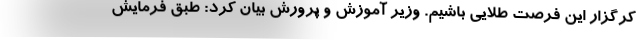
کرگزار این فرصت طلایی باشیم. وزیر آموزش و پرورش بیان کرد: طبق فرمایش